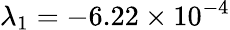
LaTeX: \lambda_{1}=-6.22\times 10^{-4}